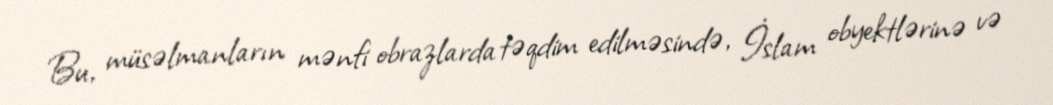
Bu, müsəlmanların mənfi obrazlarda təqdim edilməsində, İslam obyektlərinə və